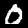
Label: 0